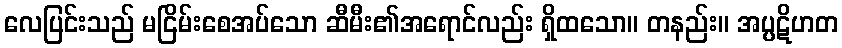
လေပြင်းသည် မငြိမ်းစေအပ်သော ဆီမီး၏အရောင်လည်း ရှိထသော။ တနည်း။ အပ္ပဋိဟတ